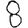
Digit: 8